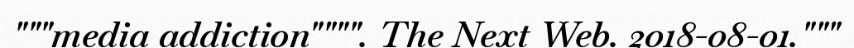
"""media addiction"""". The Next Web. 2018-08-01."""